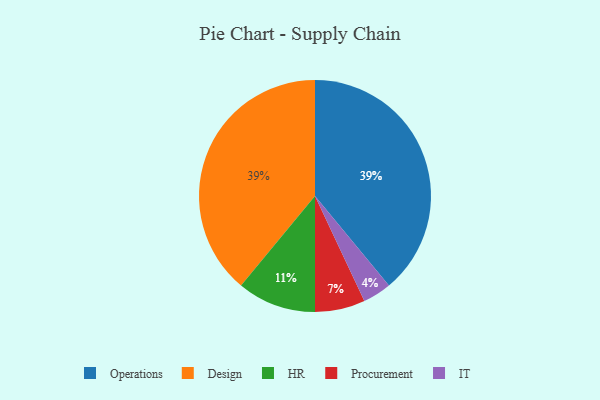
{"axis": {"x": "Category", "y": "Percentage"}, "legend": ["Design", "HR", "IT", "Operations", "Procurement"], "data": [{"x": "Procurement", "y": 7, "type": "Procurement"}, {"x": "Operations", "y": 39, "type": "Operations"}, {"x": "IT", "y": 4, "type": "IT"}, {"x": "HR", "y": 11, "type": "HR"}, {"x": "Design", "y": 39, "type": "Design"}]}